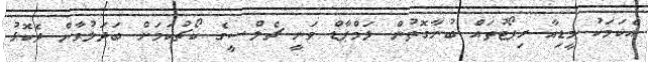
އެކަމަކު މީޑިއާ ރިޕޯޓުތައް ބުނާގޮތުން ލަމްޕާޑް ވަނީ ޗެލްސީގެ ކޯޗުކަމަށް ބަދަލުވާން ދެކޮޅު